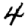
Digit: 4